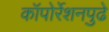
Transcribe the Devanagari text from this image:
कॉपोर्रेशनपुढे